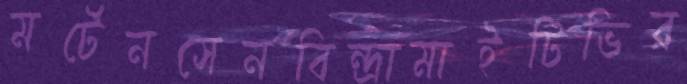
মর্টেনসেনবিন্দ্রামাইটিভির